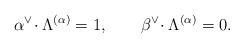
\begin{align*}\alpha^{\vee}\!\cdot \Lambda^{(\alpha)} = 1, \qquad \beta^{\vee}\!\cdot \Lambda^{(\alpha)} = 0.\end{align*}